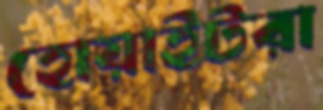
হোয়াইটরা